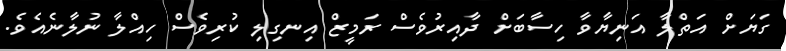
ގަޔަށް އަތްލާ އަނިޔާވާ ހިސާބަށް ދާއިރުވެސް ރަމީޒް އިނގިލި ކުރިވެސް ހިއްލާ ނުލާނެއެވެ.